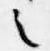
之